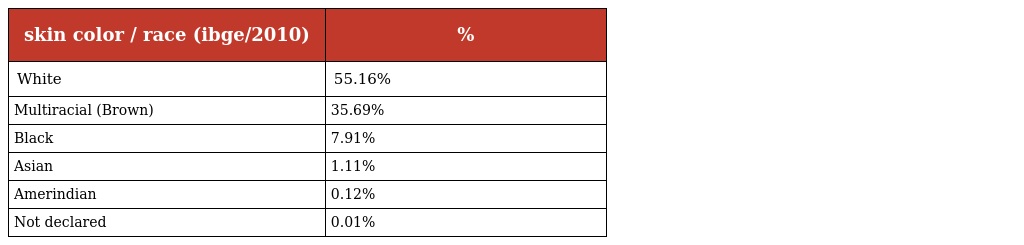
| skin color / race (ibge/2010) | % |
 | --- | --- |
 | White | 55.16% |
 | Multiracial (Brown) | 35.69% |
 | Black | 7.91% |
 | Asian | 1.11% |
 | Amerindian | 0.12% |
 | Not declared | 0.01% |